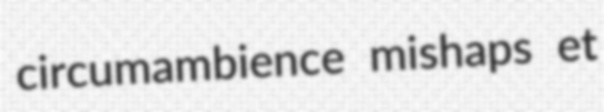
circumambience mishaps et